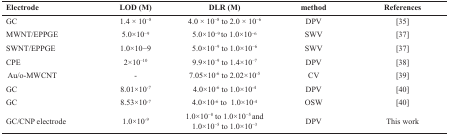
| Electrode | LOD (M) | DLR (M) | method | References |
 | --- | --- | --- | --- | --- |
 | GCMWNT/EPPGESWNT/EPPGE | 1.4 × 10−85.0×10−91.0×10−9 | 4.0 × 10−8 to 2.0 × 10−65.0×10−9 to 1.0×10−65.0×10−9 to 1.0×10−6 | DPVSWVSWV | [35][37][37] |
 | CPEAu/o-MWCNTGCGC | 2×10–10-8.01×10-78.53×10-7 | 9.9×10–9 to 1.4×10–77.05×10-6 to 2.02×10-54.0×10-6 to 1.0×10-44.0×10-6 to 1.0×10-4 | DPVCVDPVOSW | [38][39][40][40] |
 | GC/CNP electrode | 1.0×10-9 | 1.0×10−8 to 1.0×10−5 and1.0×10−5 to 1.0×10−3 | DPV | This work |